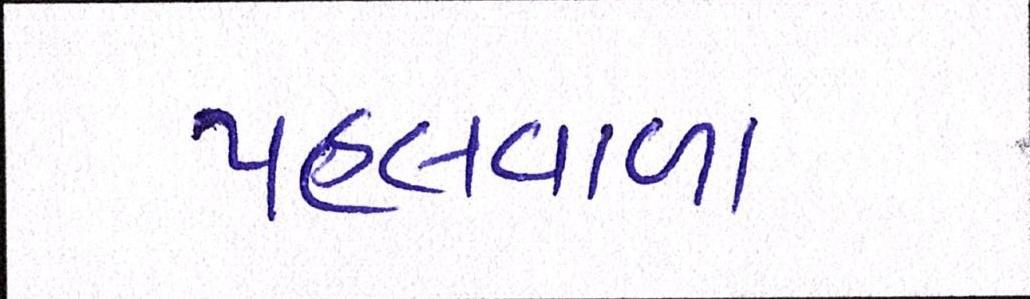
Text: પહલવાળા